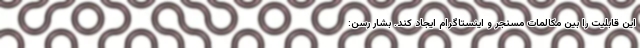
این قابلیت را بین مکالمات مسنجر و اینستاگرام ایجاد کند. بشار رسن: